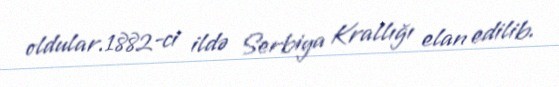
oldular.1882-ci ildə Serbiya Krallığı elan edilib.